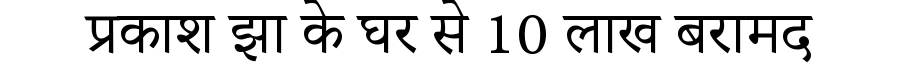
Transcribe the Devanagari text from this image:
प्रकाश झा के घर से 10 लाख बरामद